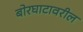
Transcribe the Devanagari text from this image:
बोरघाटावरील